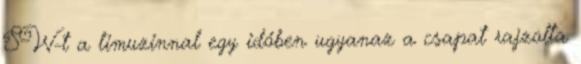
SW-t a limuzinnal egy időben ugyanaz a csapat rajzolta